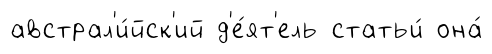
австрал'и́йск'ий д'е́ят'ель статьи́ она́